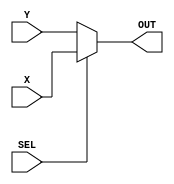

module _2to1MUX(OUT,SEL,X,Y);	//2to1 line multiplexer
	input [7:0] X,Y;
	input SEL;
	output [7:0] OUT;
	
	assign OUT=SEL?X:Y;

endmodule